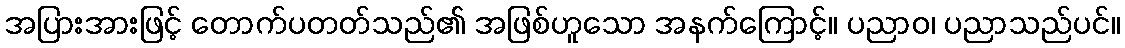
အပြားအားဖြင့် တောက်ပတတ်သည်၏ အဖြစ်ဟူသော အနက်ကြောင့်။ ပညာဝ၊ ပညာသည်ပင်။